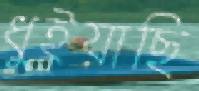
ধুইয়াছি